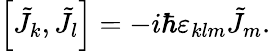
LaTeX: \left[{\tilde{J}}_{k},{\tilde{J}}_{l}\right]=-i\hbar\varepsilon_{klm}{\tilde{J}}_{m}.